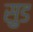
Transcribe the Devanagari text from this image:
सु़ड